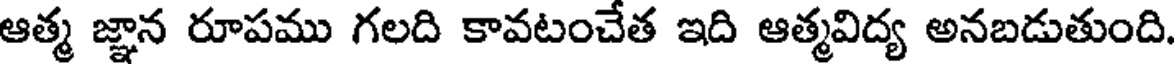
ఆత్మ జ్ఞాన రూపము గలది కావటంచేత ఇది ఆత్మవిద్య అనబడుతుంది